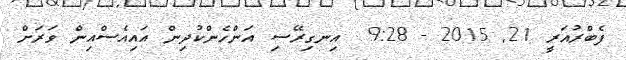
ފެބްރުއަރީ 21